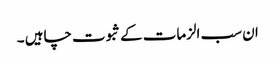
ان سب الزمات کے ثبوت چاہیں ۔